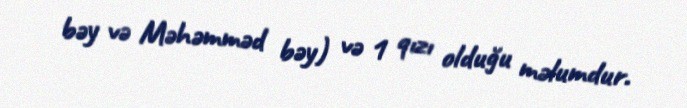
bəy və Məhəmməd bəy) və 1 qızı olduğu məlumdur.